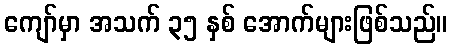
ကျော်မှာ အသက် ၃၅ နှစ် အောက်များဖြစ်သည်။